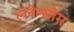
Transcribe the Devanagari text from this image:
लेबेन्स्रौम